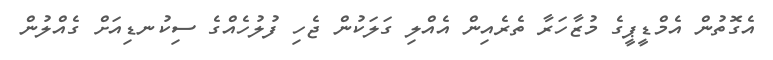
އެގޮތުން އެމްޑީޕީގެ މުޒާހަރާ ތެރެއިން އެއްލި ގަލަކުން ޖެހި ފުލުހެއްގެ ސިކުނޑިއަށް ގެއްލުން